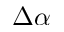
\Delta \alpha